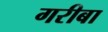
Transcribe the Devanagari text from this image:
गरीबा